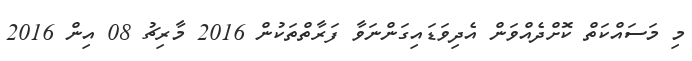
މި މަސައްކަތް ކޮށްދެއްވަން އެދިވަޑައިގަންނަވާ ފަރާތްތަކުން 2016 މާރިޗު 08 އިން 2016